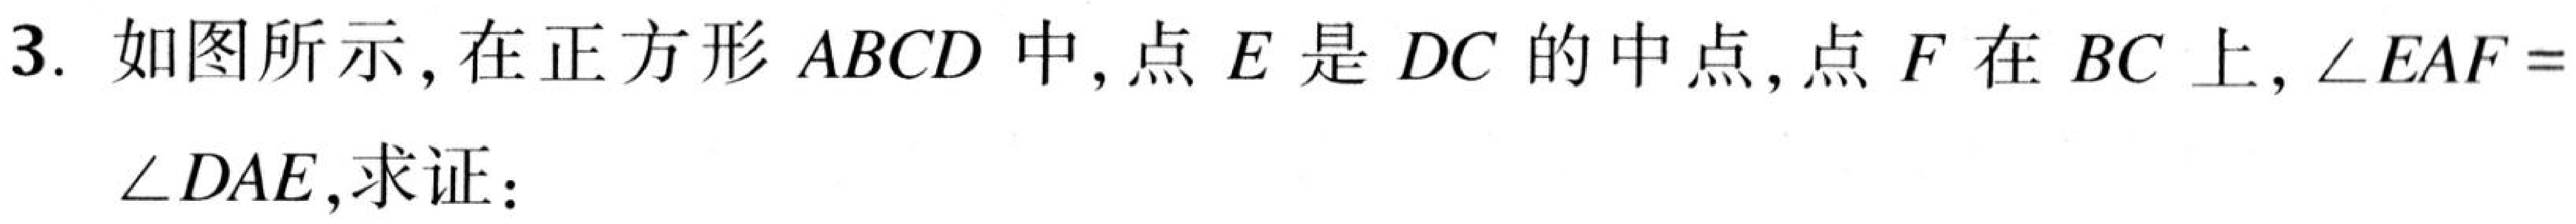
3. 如图所示,在正方形 \(ABCD\) 中,点 \(E\) 是 \(DC\) 的中点,点 \(F\) 在 \(BC\) 上,\(\angle EAF = \angle DAE\),求证：